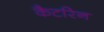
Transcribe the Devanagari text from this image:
कैटरिन